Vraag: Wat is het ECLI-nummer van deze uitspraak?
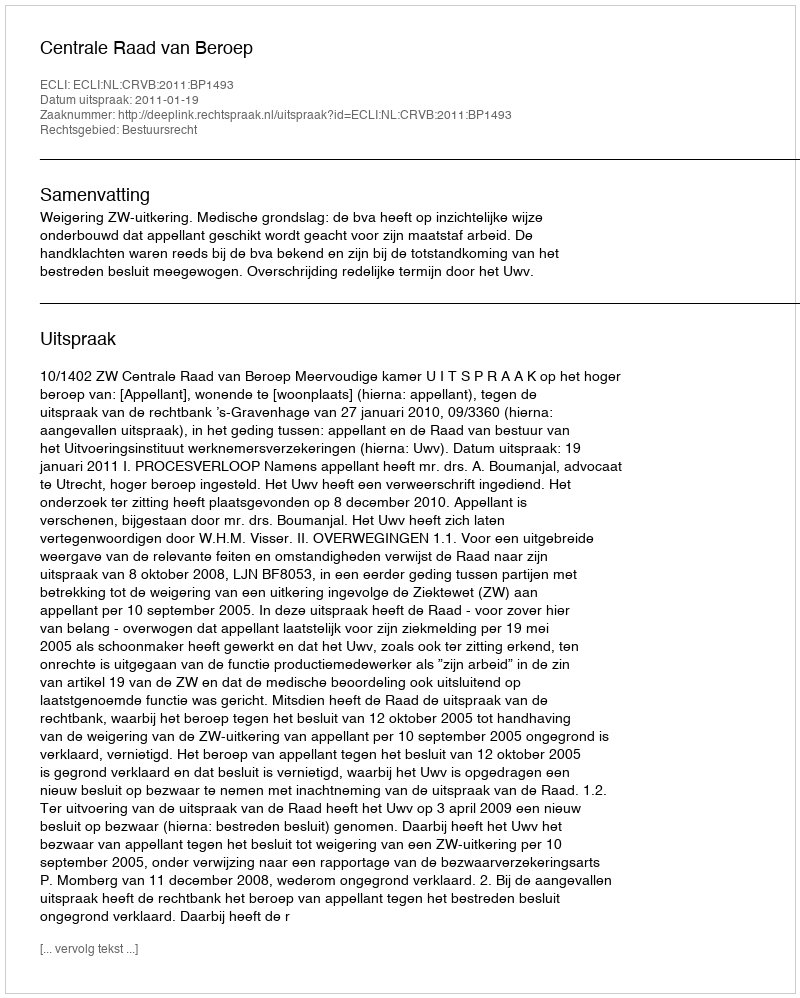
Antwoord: ECLI:NL:CRVB:2011:BP1493